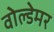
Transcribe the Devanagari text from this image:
वोल्डेमर